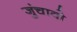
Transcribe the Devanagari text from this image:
जुंचावो